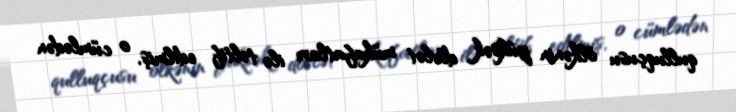
qulluqçusu ölkənin yüksək dövlət mükafatları ilə təltif edilmiş, o cümlədən